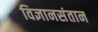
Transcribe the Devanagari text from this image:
विज्ञानसंतान